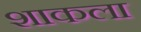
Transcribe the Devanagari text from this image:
शाकला